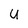
Character: U